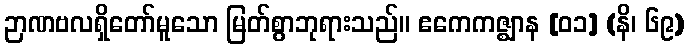
ဉာဏဗလရှိတော်မူသော မြတ်စွာဘုရားသည်။ ဧကေကဇ္ဈာန [၀၁] (နိ၊ ၆၉)